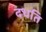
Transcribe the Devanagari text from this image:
दधति